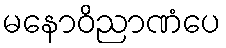
မနောဝိညာဏံပေ